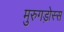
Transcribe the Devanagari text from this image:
मुरुगड़ोस्स